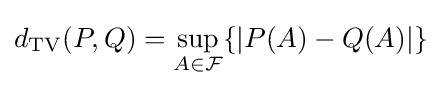
d_{\mathrm {TV} }(P,Q)=\sup _{A\in {\mathcal {F}}}\{|P(A)-Q(A)|\}